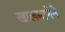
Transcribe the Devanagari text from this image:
खालमानेने